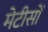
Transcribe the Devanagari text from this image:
मेटीसों